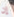
إن